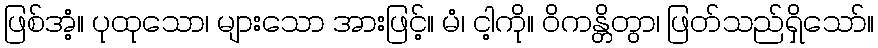
ဖြစ်အံ့။ ပုထုသော၊ များသော အားဖြင့်။ မံ၊ ငါ့ကို။ ဝိကန္တိတွာ၊ ဖြတ်သည်ရှိသော်။